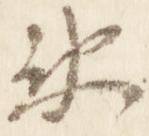
衛